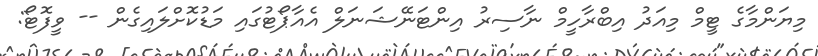
މިޔަންމާގެ ޓީމް މިއަދު އިބްރާހީމް ނާސިރު އިންޓަނޭޝަނަލް އެއާޕޯޓުގައި މަޑުކޮށްލައިގެން -- ވީފޮޓޯ: